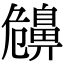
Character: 𪖤